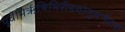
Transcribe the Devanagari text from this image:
पूर्वेभिर्ऋषिभिरीडयोनूतनैरुत